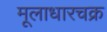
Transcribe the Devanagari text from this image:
मूलाधारचक्र